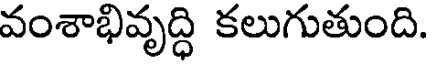
వంశాభివృద్ధి కలుగుతుంది.